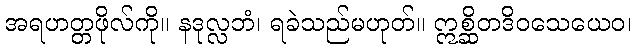
အရဟတ္တဖိုလ်ကို။ နဒုလ္လဘံ၊ ရခဲသည်မဟုတ်။ ဣစ္ဆိတဒိဝသေယေဝ၊